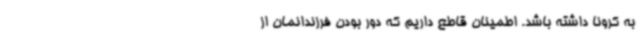
به کرونا داشته باشد. اطمینان قاطع داریم که دور بودن فرزندانمان از